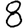
Digit: 8